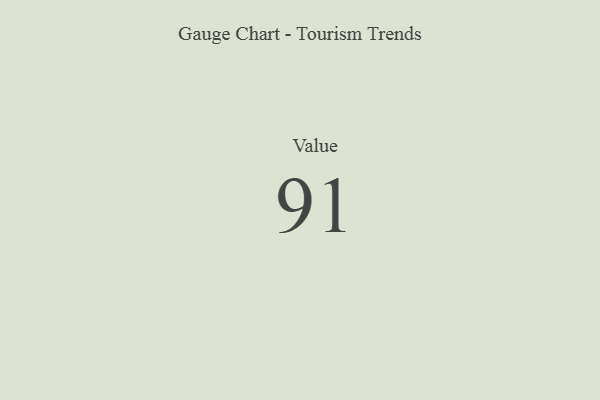
{"axis": {"x": "Metric", "y": "Value"}, "legend": [""], "data": [{"x": "Value", "y": 91, "type": ""}]}